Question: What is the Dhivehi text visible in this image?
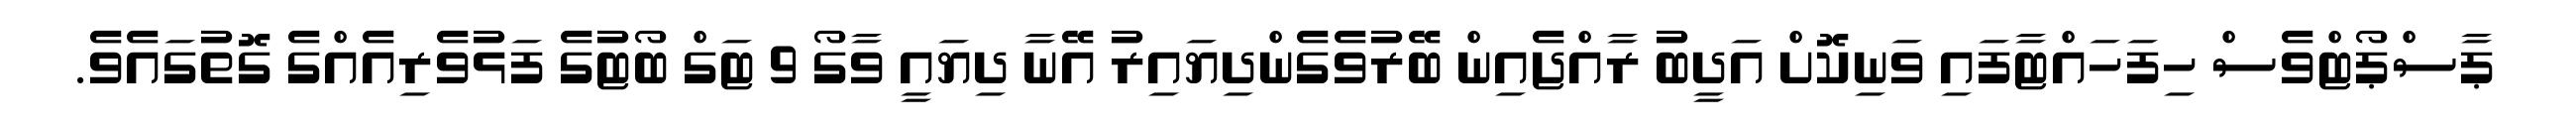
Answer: ޕާސްޕޯޓްވެސް ހިފަހައްޓާފައި ވަނިކޮށް އަދީބު ރާއްޖެއިން ބޭރުވެގެންދިޔައިރު އޭނާ ދިޔައީ ވާގޯ 9 ޓަގް ބޯޓުގެ ފަޅުވެރިއެއްގެ ގޮތުގައެވެ.